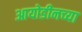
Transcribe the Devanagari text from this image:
आयोडीनच्या